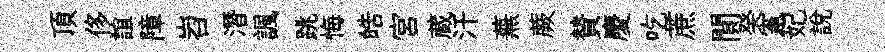
頂侈誼障岧潛諷跳悔皓宮蔵汗蕪蕨賛慶吃蔗閴癸憲妃説